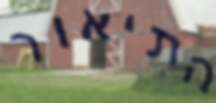
התיאור